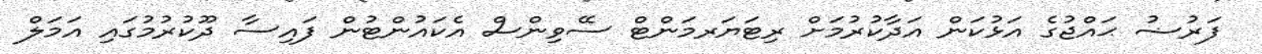
ފަރުޟު ޙައްޖުގެ އަޅުކަން އަދާކުރުމަށް ރިޓަޔަރމަންޓް ސޭވިންސް އެކައުންޓުން ފައިސާ ދޫކުރުމުގައި އަމަލް